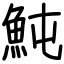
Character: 魨